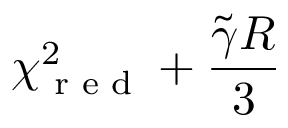
\chi _ { \textrm { r e d } } ^ { 2 } + \frac { \tilde { \gamma } R } { 3 }